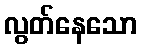
လွတ်နေသော